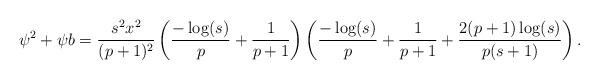
LaTeX: \begin{align*}\psi^2+\psi{b}=\frac{s^2x^2}{(p+1)^2}\left(\frac{-\log(s)}{p}+\frac{1}{p+1}\right)\left(\frac{-\log(s)}{p}+\frac{1}{p+1}+\frac{2(p+1)\log(s)}{p(s+1)}\right).\end{align*}